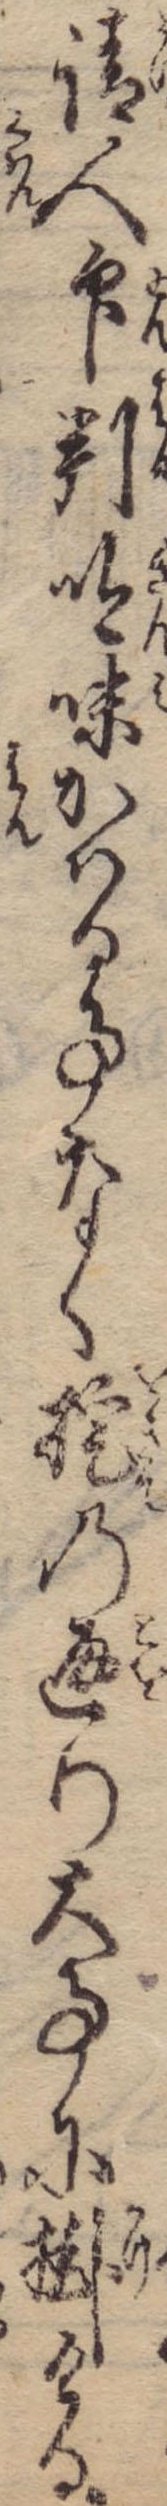
請人印判吟味かはる事なく掟の通り大事に掛ける